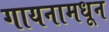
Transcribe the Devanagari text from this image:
गायनामधून